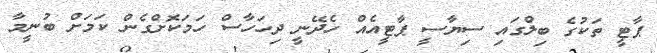
ޕާޓީ ތަކުގެ ބިލްގައި ސިޔާސީ ޕާޓީއެއް ހެދޭނީ ދިހަހާސް ހަމަކޮށްގެން ކަމަށް ބުނީމާ